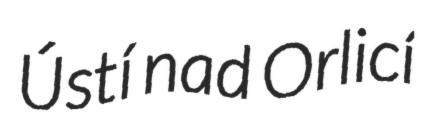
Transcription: Ústí nad Orlicí